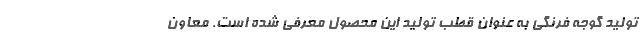
تولید گوجه فرنگی به عنوان قطب تولید این محصول معرفی شده است. معاون